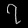
Digit: ၇